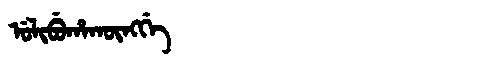
Manchu: ᡠᠯᡳᠪᡠᡥᠠᡴᡡᠩᡤᡝ
Romanization: ULIBUHAKŪNGGE